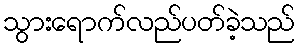
သွားရောက်လည်ပတ်ခဲ့သည်